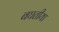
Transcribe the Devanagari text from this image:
बघतीया